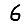
Digit: 6